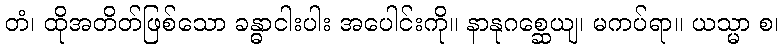
တံ၊ ထိုအတိတ်ဖြစ်သော ခန္ဓာငါးပါး အပေါင်းကို။ နာနုဂစ္ဆေယျ၊ မကပ်ရာ။ ယသ္မာ စ၊